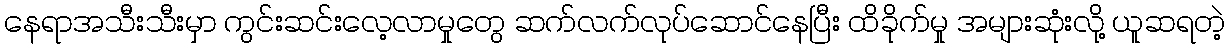
နေရာအသီးသီးမှာ ကွင်းဆင်းလေ့လာမှုတွေ ဆက်လက်လုပ်ဆောင်နေပြီး ထိခိုက်မှု အများဆုံးလို့ ယူဆရတဲ့